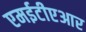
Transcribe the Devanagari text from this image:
एमईटीएआर